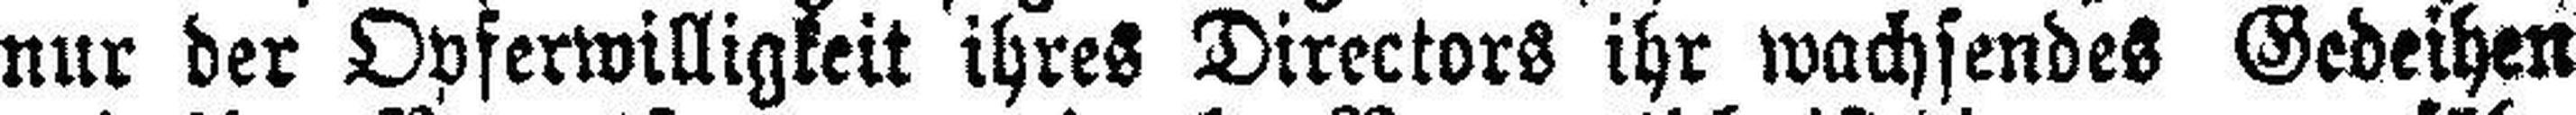
nur der Opferwilligkeit ihres Directors ihr wachsendes Gedeihen